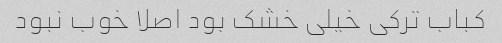
کباب ترکی خیلی خشک بود اصلا خوب نبود